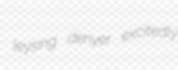
leysing denyer excitedly